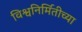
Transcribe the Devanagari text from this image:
विश्वनिर्मितीच्या